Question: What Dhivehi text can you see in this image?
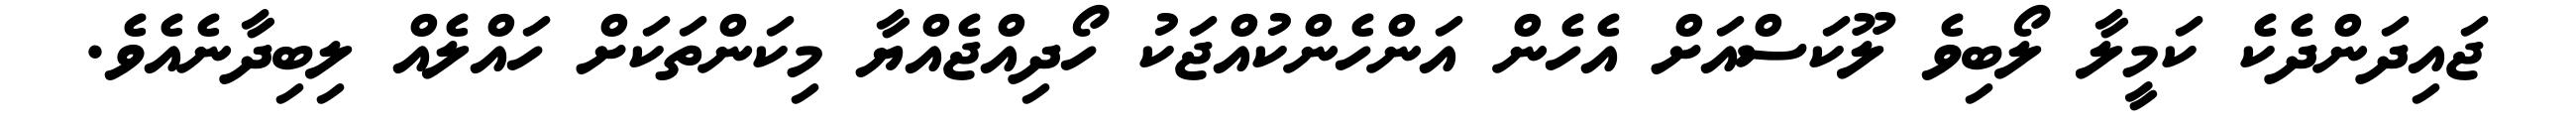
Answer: ޖައިދަންދެކެ ކަމީލާ ލޯބިވެ ލޫކަސްއަށް އެހެން އަންހެންކުއްޖަކު ހޯދިއްޖެއްޔާ މިކަންތަކަށް ހައްލެއް ލިބިދާނެއެވެ.